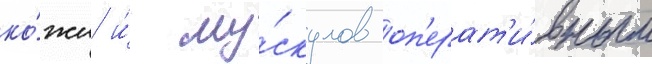
ко́жи и́ му́скулов оп'ерат'и́вным